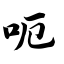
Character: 呃